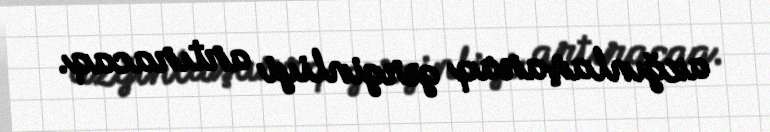
azğınlaşaraq gərginliyi artıracaq.